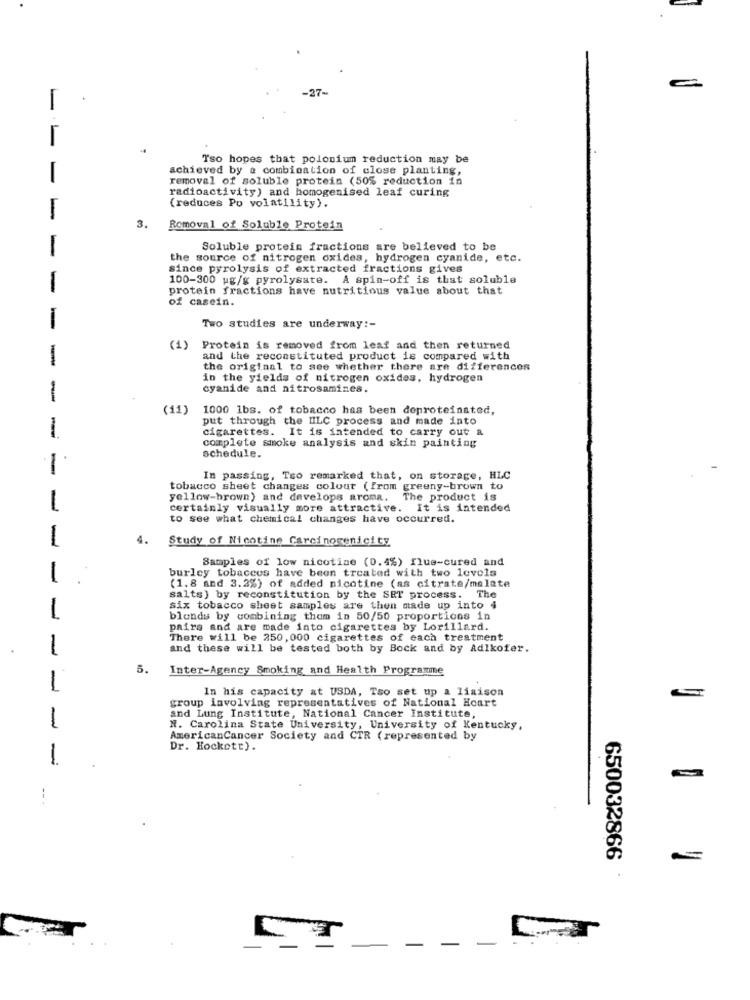
1
-
Tso hopes that polonium reduction may be
achieved by a combination of close planting,
-
removal of soluble protein (50% reduction in
radioactivity) and homogenised leaf curing
(reduces Po volatility).
3.
Removal of Soluble Protein
Soluble protein fractions are believed to be
-
the source of nitrogen oxides, hydrogen cyanide, etc.
since pyrolysis of extracted fractions gives
100-300 ug/g pyrolysate. A spin-off is that soluble
1
protein fractions have nutritious value about that
of casein.
I
Two studies are underway :-
(1)
Protein is removed from leaf and then returned
-
and the reconstituted product is compared with
the original to see whether there are differences
in the yields of nitrogen oxides, hydrogen
cyanide and nitrosamines.
-
(11) 1000 1bs. of tobacco has been deproteinated,
put through the UILC process and made into
-
cigarettes. It is intended to carry out &
complete smoke analysis and skin painting
schedule.
1
In passing, Tso remarked that, on storage, HLC
tobacco sheet changes colout (from greeny-brown to
yellow-brown) and develops aroma.
The product is
-
certainly visually more attractive. It is intended
to see what chemical changes have occurred.
1
4.
Study of Nicotine Carcinomenicity
Samples of low nicotine (0.4%) flue-cured and
burley tobaccos have been treated with two levels
1
(1.8 and 3.2%) of added nicotine (as citrate/malate
salts) by reconstitution by the SET process. The
1
six tobacco sheet samples are then made up into 4
blonds by combining them in 50/50 proportions in
pairs and are made into cigarettes by Lorillard.
There will be 250, 000 cigarettes of each treatment
1
and these will be tested both by Bock and by Adlkofer.
5.
Inter-Agency Smoking and Health Programme
1
In his capacity at USDA, Tso set up a liaison
group involving representatives of National Hoart
1
and Lung Institute, National Cancer Institute,
N. Carolina State University, University of Kentucky,
AmericanCancer Society and CTR (represented by
Dr. Hockett).
1
-
650032866
-